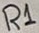
Text: R1